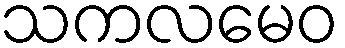
သကလမေဝ